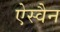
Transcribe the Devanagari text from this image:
ऐस्वैन